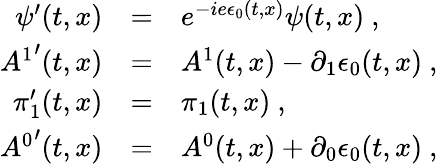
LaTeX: \begin{array}{rcl}{{\psi^{\prime}(t,x)}}&{{=}}&{{e^{-ie\epsilon_{0}(t,x)}\psi(t,x)\ ,}}\\ {{{A^{1}}^{\prime}(t,x)}}&{{=}}&{{A^{1}(t,x)-\partial_{1}\epsilon_{0}(t,x)\ ,}}\\ {{\pi_{1}^{\prime}(t,x)}}&{{=}}&{{\pi_{1}(t,x)\ ,\ }}\\ {{{A^{0}}^{\prime}(t,x)}}&{{=}}&{{A^{0}(t,x)+\partial_{0}\epsilon_{0}(t,x)\ ,}}\end{array}